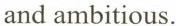
and ambitious.